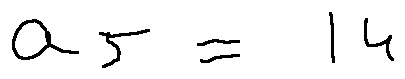
a _ { 5 } = 1 4